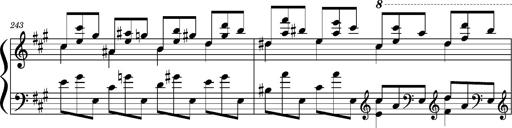
Title: Concerto sans orchestre, S.524a
Composer: Franz Liszt
Key: A major